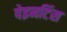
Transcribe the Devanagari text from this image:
पेइनटिंस